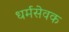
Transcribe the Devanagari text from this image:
धर्मसेवक